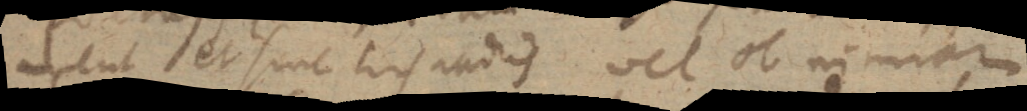
rent et sine his radiis vel ob nimiam